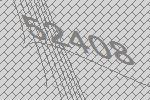
52408